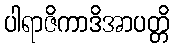
ပါရာဇိကာဒိအာပတ္တိ